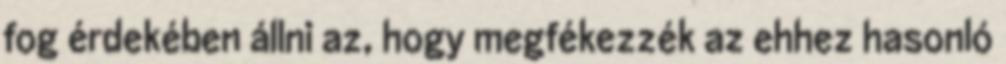
fog érdekében állni az, hogy megfékezzék az ehhez hasonló